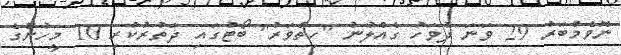
ނޮވެމްބަރު 29 ވަނަ ދުވަހު ގެއްލުނު "ހިތްވަރު" ބޯޓުގައި ދަތުރުކުރި 10 މީހުންގެ